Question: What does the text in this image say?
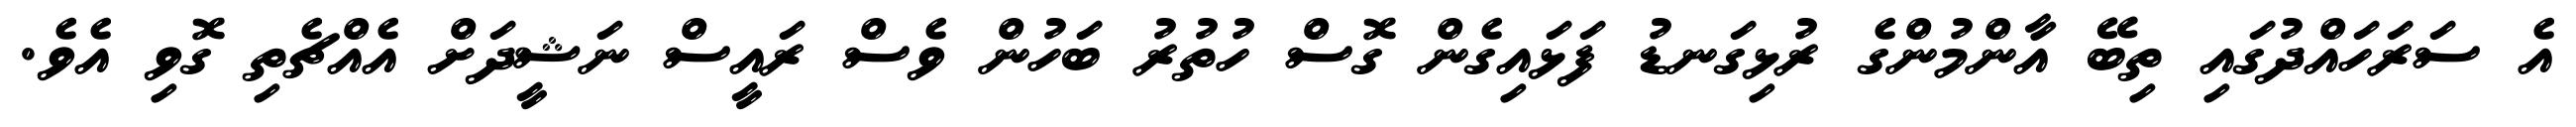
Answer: އެ ސަރަހައްދުގައި ތިބޭ އާންމުންގެ ރުޅިގަނޑު ފަޅައިގެން ގޮސް ހުތުރު ބަހުން ވެސް ރައީސް ނަޝީދަށް އެއްޗެތި ގޮވި އެވެ.